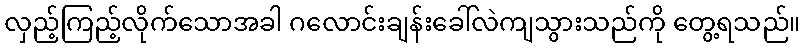
လှည့်ကြည့်လိုက်သောအခါ ဂလောင်းချန်းခေါ်လဲကျသွားသည်ကို တွေ့ရသည်။